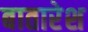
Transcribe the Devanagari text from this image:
बातारेश